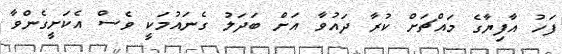
ފަހު އާފިޔާގެ މައްޗަށް ކުރާ ދައުވާ އަށް ބަދަލު ގެނައުމަކީ ވެސް އެކަށީގެންވާ